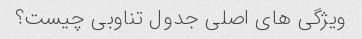
ویژگی های اصلی جدول تناوبی چیست؟